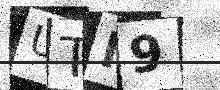
Text: UTM9